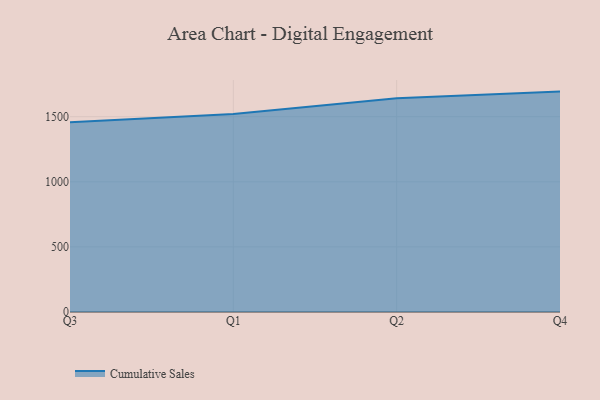
{"axis": {"x": "Quarter", "y": "Demand Index"}, "legend": ["Cumulative Sales"], "data": [{"x": "Q3", "y": 1457.6, "type": "Cumulative Sales"}, {"x": "Q1", "y": 1520.2, "type": "Cumulative Sales"}, {"x": "Q2", "y": 1642.1, "type": "Cumulative Sales"}, {"x": "Q4", "y": 1692.8, "type": "Cumulative Sales"}]}